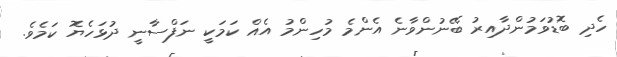
ހެދި ބޮޑުވަމުންދާއިރު ބޭނުންވާނެ އެންމެ މުހިންމު އެއް ކަމަކީ ނަފްސާނީ ދުޅަހެޔޮ ކަމެވެ.